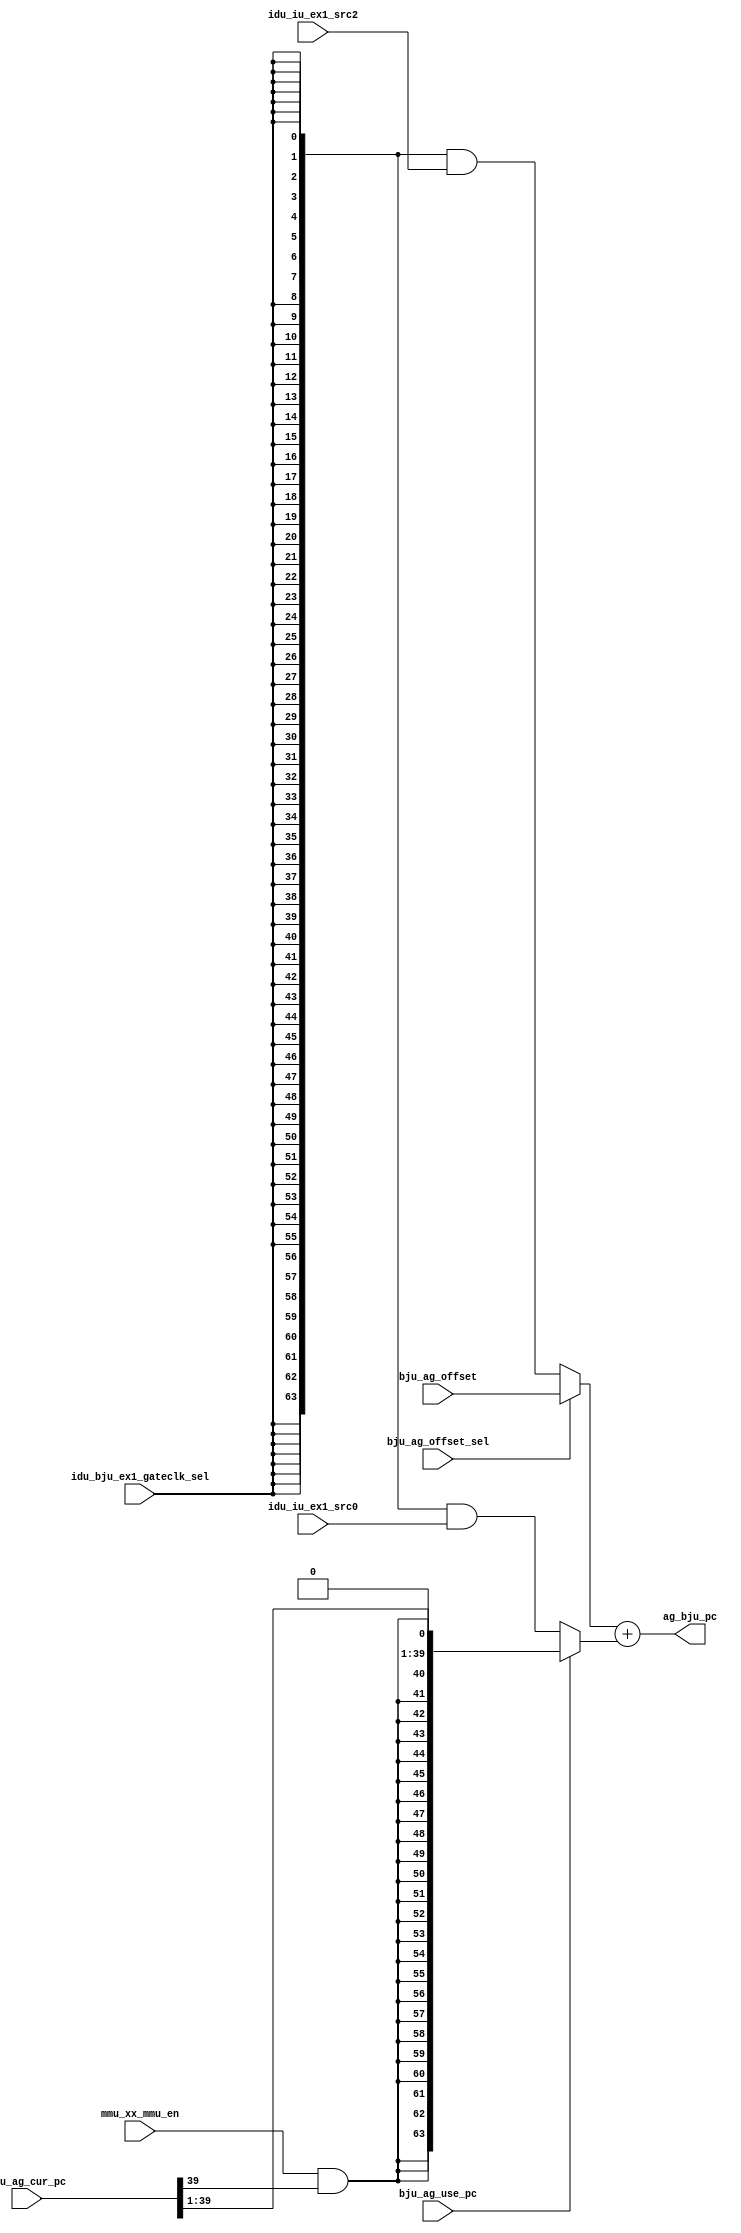
// This program was cloned from: https://github.com/T-head-Semi/openc906
// License: Apache License 2.0

/*Copyright 2020-2021 T-Head Semiconductor Co., Ltd.

Licensed under the Apache License, Version 2.0 (the "License");
you may not use this file except in compliance with the License.
You may obtain a copy of the License at

    http://www.apache.org/licenses/LICENSE-2.0

Unless required by applicable law or agreed to in writing, software
distributed under the License is distributed on an "AS IS" BASIS,
WITHOUT WARRANTIES OR CONDITIONS OF ANY KIND, either express or implied.
See the License for the specific language governing permissions and
limitations under the License.
*/

// &ModuleBeg; @23
module aq_iu_addr_gen(
  ag_bju_pc,
  bju_ag_cur_pc,
  bju_ag_offset,
  bju_ag_offset_sel,
  bju_ag_use_pc,
  idu_bju_ex1_gateclk_sel,
  idu_iu_ex1_src0,
  idu_iu_ex1_src2,
  mmu_xx_mmu_en
);

// &Ports; @24
input   [39:0]  bju_ag_cur_pc;          
input   [63:0]  bju_ag_offset;          
input           bju_ag_offset_sel;      
input           bju_ag_use_pc;          
input           idu_bju_ex1_gateclk_sel; 
input   [63:0]  idu_iu_ex1_src0;        
input   [63:0]  idu_iu_ex1_src2;        
input           mmu_xx_mmu_en;          
output  [63:0]  ag_bju_pc;              

// &Regs; @25

// &Wires; @26
wire    [63:0]  ag_adder_res;           
wire    [63:0]  ag_adder_rs1;           
wire    [63:0]  ag_adder_rs1_raw;       
wire    [63:0]  ag_adder_rs2;           
wire    [63:0]  ag_bju_pc;              
wire            ag_rs1_use_pc;          
wire            ag_src_operand_mux;     
wire    [39:0]  bju_ag_cur_pc;          
wire    [63:0]  bju_ag_offset;          
wire            bju_ag_offset_sel;      
wire            bju_ag_use_pc;          
wire            idu_bju_ex1_gateclk_sel; 
wire    [63:0]  idu_iu_ex1_src0;        
wire    [63:0]  idu_iu_ex1_src2;        
wire            mmu_xx_mmu_en;          


// &Force("bus", "bju_ag_cur_pc", 39, 0); @28
//==========================================================
//                   Address Generator
//==========================================================
// Address Generator generate address for:
//   1. jump, branch inst;
//   2. auipc inst;

//----------------------------------------------------------
//                  BJU Address Generator
//----------------------------------------------------------
//----------- Oper Prepare -------------
// branch inst, auipc inst use pc as rs1.
assign ag_src_operand_mux     = idu_bju_ex1_gateclk_sel;
assign ag_rs1_use_pc          = bju_ag_use_pc;

assign ag_adder_rs1_raw[63:0] = {64{ag_src_operand_mux}} & idu_iu_ex1_src0[63:0];
assign ag_adder_rs1[63:0]     = ag_rs1_use_pc ? {{24{mmu_xx_mmu_en & bju_ag_cur_pc[39]}}, bju_ag_cur_pc[39:1], 1'b0}
                                              : ag_adder_rs1_raw[63:0];

// bju entry inst, calculate tar pc
assign ag_adder_rs2[63:0]     = bju_ag_offset_sel ? bju_ag_offset[63:0] : {64{ag_src_operand_mux}} & idu_iu_ex1_src2[63:0];

//-------------- Adder -----------------
assign ag_adder_res[63:0]     = ag_adder_rs2[63:0] + ag_adder_rs1[63:0];

//---------- Rename for output ---------
assign ag_bju_pc[63:0]    = ag_adder_res[63:0];



// &ModuleEnd; @59
endmodule